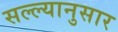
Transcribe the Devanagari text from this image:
सल्ल्‍यानुसार